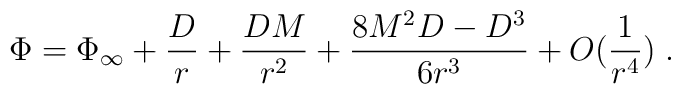
\Phi = \Phi_{\infty} + \frac{D}{r} + \frac{DM}{r^2} +\frac{8M^2 D - D^3}{6r^3} + O(\frac{1}{r^4})\; .